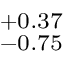
^ { + 0 . 3 7 } _ { - 0 . 7 5 }